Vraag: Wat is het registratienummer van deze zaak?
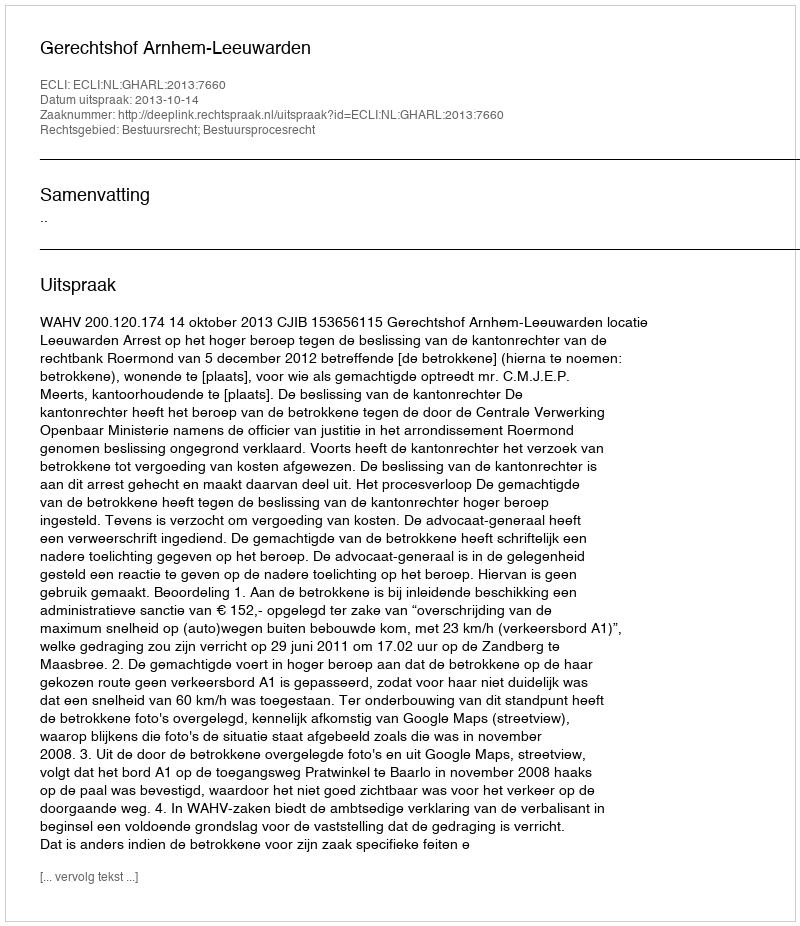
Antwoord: http://deeplink.rechtspraak.nl/uitspraak?id=ECLI:NL:GHARL:2013:7660